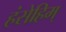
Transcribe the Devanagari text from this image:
हंसेहिम्‌